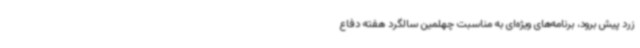
زرد پیش برود، برنامه‌های ویژه‌ای به مناسبت چهلمین سالگرد هفته دفاع